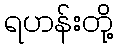
ရဟန်းတို့